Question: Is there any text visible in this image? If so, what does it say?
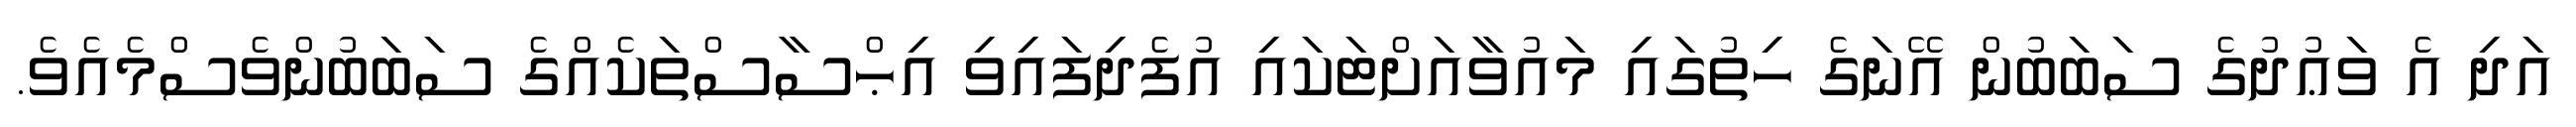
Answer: އަދި އެ ވަޢުދުގެ ސަބަބުން އޭނަގެ ހިތުގައި މައުވާއަށްޓަކައި އުފެދިފައިވި އިޙްސާސްތަކެއްގެ ސަބަބުންވެސްމެއެވެ.